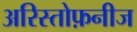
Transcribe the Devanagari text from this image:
अरिस्तोफ़नीज